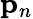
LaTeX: \mathbf{p}_{n}